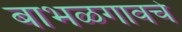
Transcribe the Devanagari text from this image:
बाभळगावचे